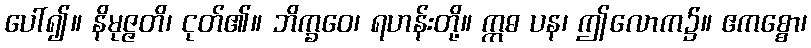
ပေါ်၍။ နိမုဇ္ဇတိ၊ ငုတ်၏။ ဘိက္ခဝေ၊ ရဟန်းတို့။ ဣဓ ပန၊ ဤလောက၌။ ဧကစ္စော၊